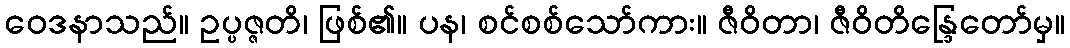
ဝေဒနာသည်။ ဥပ္ပဇ္ဇတိ၊ ဖြစ်၏။ ပန၊ စင်စစ်သော်ကား။ ဇီဝိတာ၊ ဇီဝိတိန္ဒြေတော်မှ။